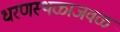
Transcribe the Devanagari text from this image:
धरणस्थळाजवळ